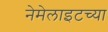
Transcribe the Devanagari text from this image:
नेमेलाइटच्या